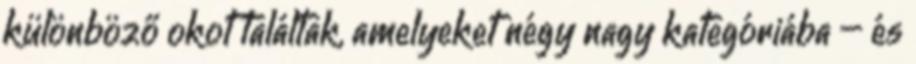
különböző okot találtak, amelyeket négy nagy kategóriába – és